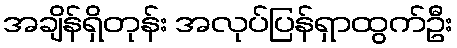
အချိန်ရှိတုန်း အလုပ်ပြန်ရှာထွက်ဦး